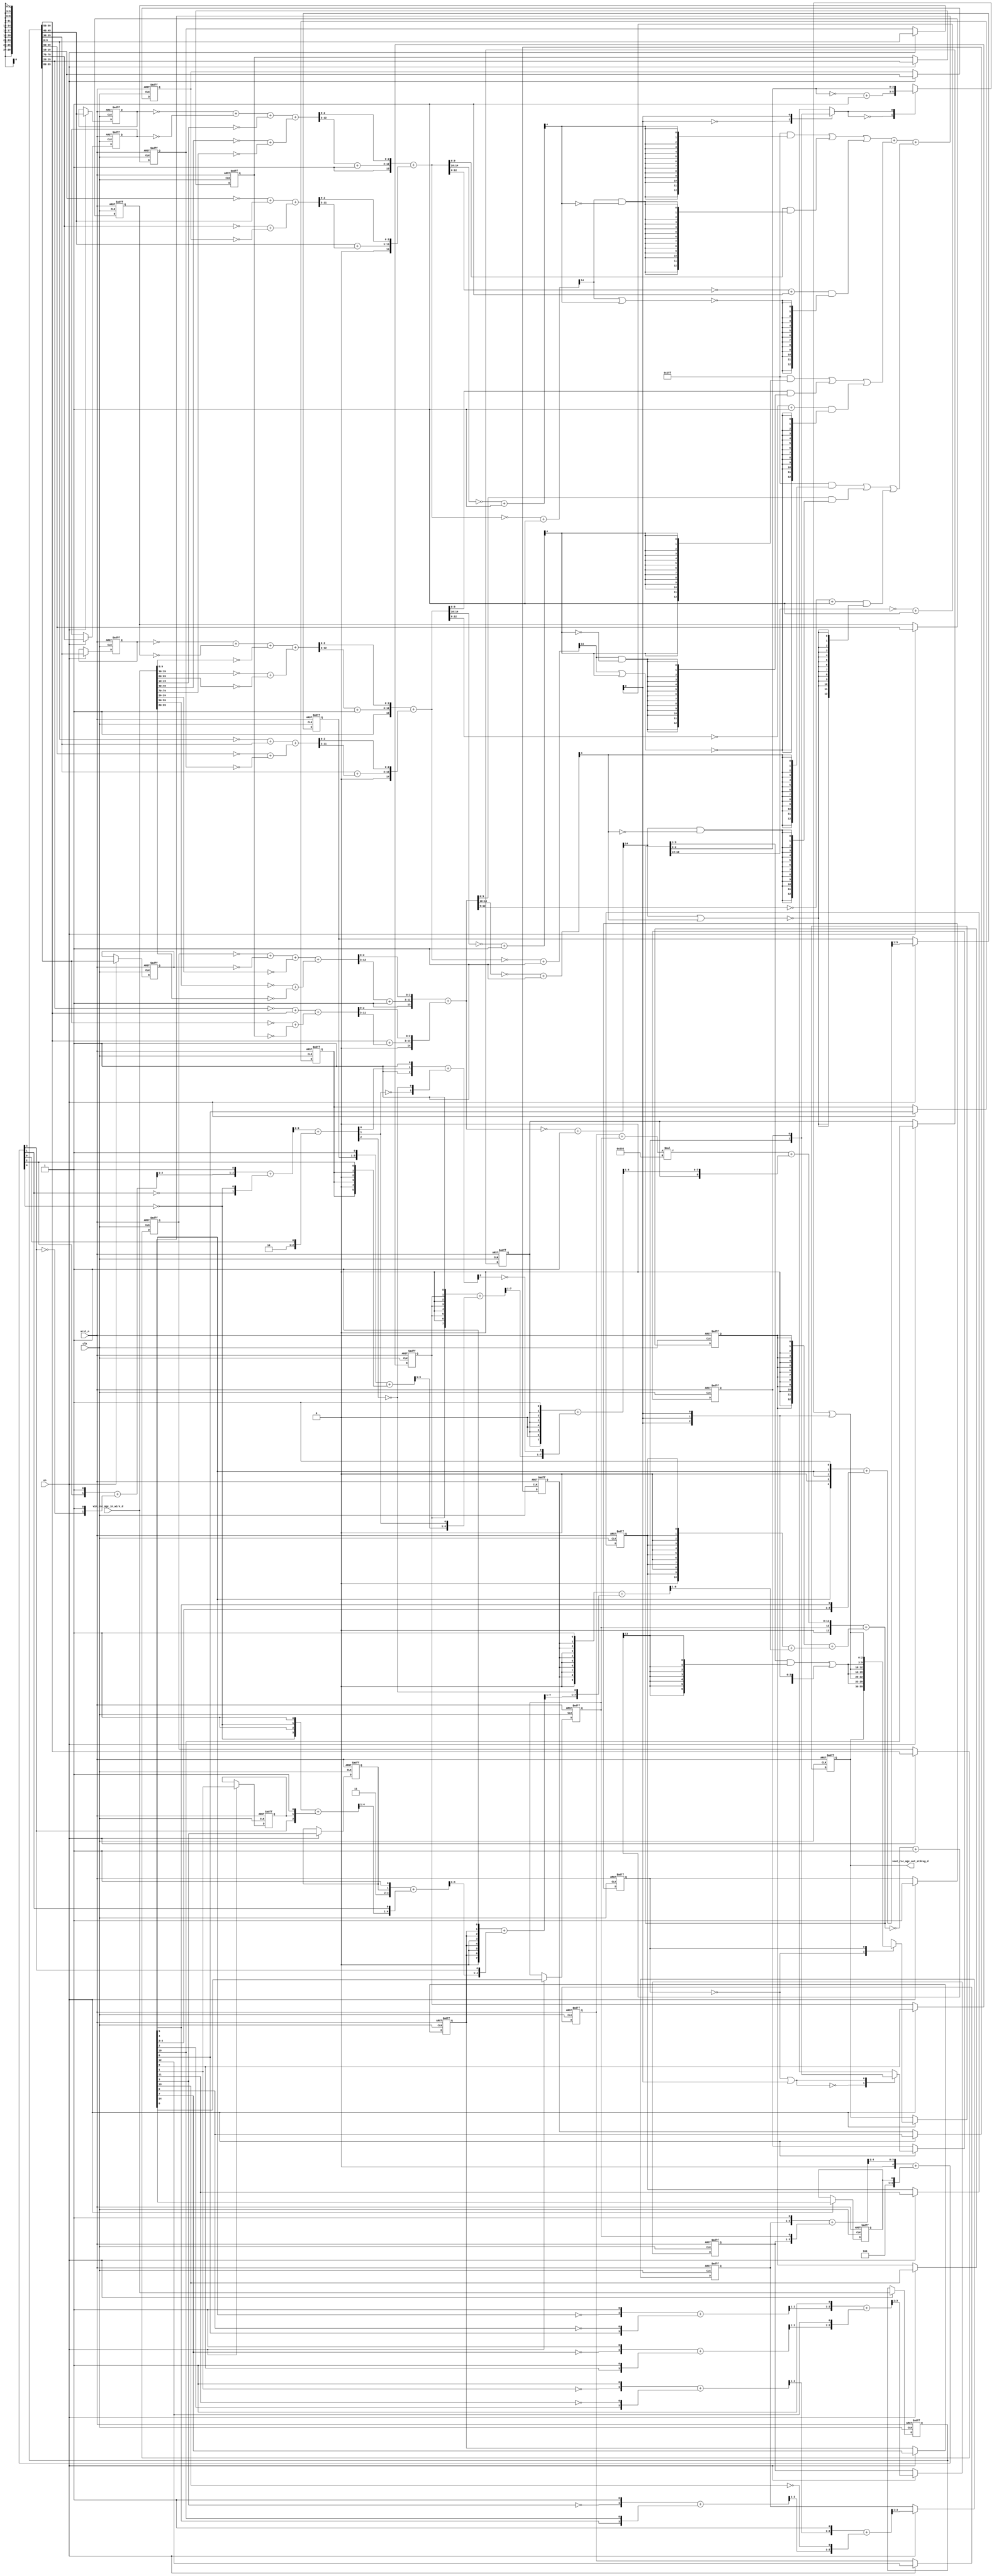
module sharpen_detect_core (
  clk, en, arst_n, vin_rsc_mgc_in_wire_d, vout_rsc_mgc_out_stdreg_d
);
  input clk;
  input en;
  input arst_n;
  input [89:0] vin_rsc_mgc_in_wire_d;
  output [29:0] vout_rsc_mgc_out_stdreg_d;
  reg [29:0] vout_rsc_mgc_out_stdreg_d;


  // Interconnect Declarations
  reg absmax_3_else_slc_svs;
  reg [9:0] ACC1_if_slc_regs_regs_2_1_itm;
  reg [9:0] ACC1_if_slc_regs_regs_2_2_itm;
  reg [9:0] ACC1_if_slc_regs_regs_2_itm;
  reg [9:0] ACC1_if_slc_regs_regs_2_4_itm;
  reg [9:0] ACC1_if_slc_regs_regs_2_5_itm;
  reg [9:0] ACC1_if_slc_regs_regs_2_3_itm;
  reg [9:0] ACC1_if_slc_regs_regs_2_7_itm;
  reg [9:0] ACC1_if_slc_regs_regs_2_8_itm;
  reg [9:0] ACC1_if_slc_regs_regs_2_6_itm;
  reg [2:0] FRAME_avg_slc_6_itm_1;
  reg [2:0] FRAME_avg_slc_5_itm_1;
  reg FRAME_avg_slc_acc_psp_itm_1;
  reg FRAME_avg_slc_acc_psp_57_itm_1;
  reg FRAME_avg_slc_acc_psp_46_itm_1;
  reg FRAME_avg_slc_acc_psp_35_itm_1;
  reg FRAME_avg_slc_acc_psp_27_itm_1;
  reg [4:0] FRAME_avg_slc_10_itm_1;
  reg FRAME_avg_slc_acc_psp_21_itm_1;
  reg FRAME_avg_slc_acc_psp_51_itm_1;
  reg FRAME_avg_slc_acc_psp_40_itm_1;
  reg FRAME_avg_slc_acc_psp_31_itm_1;
  reg FRAME_avg_slc_acc_psp_24_itm_1;
  reg FRAME_avg_slc_acc_psp_17_itm_1;
  reg FRAME_avg_slc_acc_psp_79_itm_1;
  reg main_stage_0_2;
  wire [14:0] ACC1_if_acc_10_psp_sva_1;
  wire [15:0] nl_ACC1_if_acc_10_psp_sva_1;
  wire [14:0] ACC1_if_acc_9_psp_sva_1;
  wire [15:0] nl_ACC1_if_acc_9_psp_sva_1;
  wire [14:0] ACC1_if_acc_psp_sva_1;
  wire [15:0] nl_ACC1_if_acc_psp_sva_1;
  wire [13:0] FRAME_avg_acc_1_psp_1_sva_1;
  wire [14:0] nl_FRAME_avg_acc_1_psp_1_sva_1;
  reg [89:0] reg_regs_regs_0_sva_cse;
  wire [3:0] absmax_3_if_acc_itm;
  wire [4:0] nl_absmax_3_if_acc_itm;
  wire [6:0] absmax_absmax_return_3_sg1_lpi_1_dfm_1;
  wire [2:0] absmax_absmax_return_7_lpi_1_dfm_1;
  wire [4:0] acc_imod_sva;
  wire [5:0] nl_acc_imod_sva;
  wire [2:0] acc_imod_1_sva;
  wire [3:0] nl_acc_imod_1_sva;
  wire [12:0] ACC1_if_acc_35_sdt;
  wire [13:0] nl_ACC1_if_acc_35_sdt;
  wire [11:0] ACC1_if_acc_34_sdt;
  wire [12:0] nl_ACC1_if_acc_34_sdt;
  wire [12:0] ACC1_if_acc_26_sdt;
  wire [13:0] nl_ACC1_if_acc_26_sdt;
  wire [11:0] ACC1_if_acc_25_sdt;
  wire [12:0] nl_ACC1_if_acc_25_sdt;
  wire [12:0] ACC1_if_acc_17_sdt;
  wire [13:0] nl_ACC1_if_acc_17_sdt;
  wire [11:0] ACC1_if_acc_16_sdt;
  wire [12:0] nl_ACC1_if_acc_16_sdt;
  wire [14:0] acc_psp_1_sva;
  wire [15:0] nl_acc_psp_1_sva;
  wire [13:0] absmax_3_else_acc_itm;
  wire [14:0] nl_absmax_3_else_acc_itm;
  wire [14:0] absmax_else_acc_itm;
  wire [15:0] nl_absmax_else_acc_itm;
  wire [14:0] absmax_1_else_acc_itm;
  wire [15:0] nl_absmax_1_else_acc_itm;
  wire [14:0] absmax_2_else_acc_itm;
  wire [15:0] nl_absmax_2_else_acc_itm;
  wire [4:0] absmax_2_if_acc_itm;
  wire [5:0] nl_absmax_2_if_acc_itm;
  wire [4:0] absmax_1_if_acc_itm;
  wire [5:0] nl_absmax_1_if_acc_itm;
  wire [4:0] absmax_if_acc_itm;
  wire [5:0] nl_absmax_if_acc_itm;

  wire[2:0] absmax_3_else_mux_1_nl;
  wire[0:0] mux_1_nl;
  wire[12:0] absmax_1_mux1h_nl;
  wire[12:0] absmax_2_mux1h_nl;
  wire[12:0] absmax_mux1h_nl;

  // Interconnect Declarations for Component Instantiations 
  assign nl_FRAME_avg_acc_1_psp_1_sva_1 = conv_u2s_13_14({FRAME_avg_slc_acc_psp_57_itm_1
      , (conv_u2u_24_12(conv_u2u_2_12(conv_u2u_1_2(FRAME_avg_slc_acc_psp_46_itm_1)
      + conv_u2u_1_2(FRAME_avg_slc_acc_psp_57_itm_1)) * 12'b10101010101) + conv_u2u_9_12({FRAME_avg_slc_acc_psp_35_itm_1
      , (readslicef_9_8_1((conv_u2u_8_9({FRAME_avg_slc_acc_psp_35_itm_1 , 1'b0 ,
      FRAME_avg_slc_acc_psp_35_itm_1 , 1'b0 , FRAME_avg_slc_acc_psp_35_itm_1 , 1'b0
      , FRAME_avg_slc_acc_psp_35_itm_1 , 1'b1}) + conv_u2u_8_9({(readslicef_8_7_1((({FRAME_avg_slc_acc_psp_27_itm_1
      , 1'b0 , FRAME_avg_slc_acc_psp_27_itm_1 , 1'b0 , FRAME_avg_slc_acc_psp_27_itm_1
      , 1'b0 , FRAME_avg_slc_acc_psp_27_itm_1 , 1'b1}) + conv_u2u_7_8({(readslicef_7_6_1((conv_u2u_6_7({FRAME_avg_slc_10_itm_1
      , 1'b1}) + conv_u2u_6_7({FRAME_avg_slc_acc_psp_21_itm_1 , 1'b0 , FRAME_avg_slc_acc_psp_21_itm_1
      , 1'b0 , FRAME_avg_slc_acc_psp_21_itm_1 , (acc_imod_sva[2])})))) , (acc_imod_1_sva[1])}))))
      , (~ (readslicef_3_1_2((({1'b1 , (acc_imod_1_sva[0]) , 1'b1}) + conv_u2s_2_3({(~
      (acc_imod_1_sva[1])) , (~ (acc_imod_1_sva[2]))})))))}))))}))}) + conv_s2s_13_14(conv_u2s_12_13({FRAME_avg_slc_acc_psp_51_itm_1
      , 1'b0 , FRAME_avg_slc_acc_psp_51_itm_1 , 1'b0 , FRAME_avg_slc_acc_psp_51_itm_1
      , 1'b0 , FRAME_avg_slc_acc_psp_51_itm_1 , 1'b0 , FRAME_avg_slc_acc_psp_51_itm_1
      , 1'b0 , ({{1{FRAME_avg_slc_acc_psp_51_itm_1}}, FRAME_avg_slc_acc_psp_51_itm_1})})
      + conv_s2s_11_13(conv_u2s_10_11({FRAME_avg_slc_acc_psp_40_itm_1 , 1'b0 , FRAME_avg_slc_acc_psp_40_itm_1
      , 1'b0 , FRAME_avg_slc_acc_psp_40_itm_1 , 1'b0 , FRAME_avg_slc_acc_psp_40_itm_1
      , 1'b0 , ({{1{FRAME_avg_slc_acc_psp_40_itm_1}}, FRAME_avg_slc_acc_psp_40_itm_1})})
      + conv_s2s_9_11(readslicef_10_9_1((conv_u2s_9_10({FRAME_avg_slc_acc_psp_31_itm_1
      , 1'b0 , FRAME_avg_slc_acc_psp_31_itm_1 , 1'b0 , FRAME_avg_slc_acc_psp_31_itm_1
      , 1'b0 , ({{1{FRAME_avg_slc_acc_psp_31_itm_1}}, FRAME_avg_slc_acc_psp_31_itm_1})
      , 1'b1}) + conv_s2s_8_10({(readslicef_8_7_1((conv_u2s_7_8({FRAME_avg_slc_acc_psp_24_itm_1
      , 1'b0 , FRAME_avg_slc_acc_psp_24_itm_1 , 1'b0 , ({{1{FRAME_avg_slc_acc_psp_24_itm_1}},
      FRAME_avg_slc_acc_psp_24_itm_1}) , 1'b1}) + conv_s2s_5_8({(readslicef_5_4_1((conv_u2s_4_5({2'b11
      , FRAME_avg_slc_acc_psp_17_itm_1 , 1'b1}) + ({(readslicef_5_4_1((conv_u2u_4_5({(~
      (acc_imod_sva[4])) , 1'b1 , (~ (acc_imod_sva[4])) , 1'b1}) + conv_u2u_3_5({(acc_imod_sva[3])
      , FRAME_avg_slc_acc_psp_79_itm_1 , 1'b1})))) , (acc_imod_sva[1])})))) , (acc_imod_sva[3])}))))
      , (~ (acc_imod_1_sva[2]))}))))));
  assign FRAME_avg_acc_1_psp_1_sva_1 = nl_FRAME_avg_acc_1_psp_1_sva_1[13:0];
  assign nl_absmax_3_else_acc_itm = (~ FRAME_avg_acc_1_psp_1_sva_1) + 14'b1;
  assign absmax_3_else_acc_itm = nl_absmax_3_else_acc_itm[13:0];
  assign absmax_absmax_return_3_sg1_lpi_1_dfm_1 = ((FRAME_avg_acc_1_psp_1_sva_1[9:3])
      & (signext_7_1(absmax_3_else_acc_itm[13]))) | (signext_7_1(absmax_3_if_acc_itm[3]));
  assign mux_1_nl = MUX_s_1_2_2({(absmax_3_else_acc_itm[13]) , absmax_3_else_slc_svs},
      absmax_3_if_acc_itm[3]);
  assign absmax_3_else_mux_1_nl = MUX_v_3_2_2({((~ (FRAME_avg_acc_1_psp_1_sva_1[2:0]))
      + 3'b1) , (FRAME_avg_acc_1_psp_1_sva_1[2:0])}, mux_1_nl);
  assign absmax_absmax_return_7_lpi_1_dfm_1 = (absmax_3_else_mux_1_nl) | (signext_3_1(absmax_3_if_acc_itm[3]));
  assign nl_absmax_3_if_acc_itm = (~ (FRAME_avg_acc_1_psp_1_sva_1[13:10])) + 4'b1;
  assign absmax_3_if_acc_itm = nl_absmax_3_if_acc_itm[3:0];
  assign nl_acc_imod_sva = conv_u2s_4_5(readslicef_5_4_1((conv_u2u_4_5({FRAME_avg_slc_6_itm_1
      , 1'b1}) + conv_u2u_4_5({FRAME_avg_slc_5_itm_1 , FRAME_avg_slc_acc_psp_57_itm_1}))))
      + conv_s2s_4_5({3'b100 , FRAME_avg_slc_acc_psp_itm_1});
  assign acc_imod_sva = nl_acc_imod_sva[4:0];
  assign nl_acc_imod_1_sva = (readslicef_4_3_1((conv_u2u_3_4({(readslicef_3_2_1((conv_u2u_2_3({(acc_imod_sva[2])
      , 1'b1}) + conv_u2u_2_3({(~ (acc_imod_sva[3])) , 1'b1})))) , 1'b1}) + conv_u2u_2_4({(~
      (acc_imod_sva[1])) , (~ (acc_imod_sva[4]))})))) + ({2'b10 , (acc_imod_sva[0])});
  assign acc_imod_1_sva = nl_acc_imod_1_sva[2:0];
  assign nl_absmax_else_acc_itm = (~ ACC1_if_acc_psp_sva_1) + 15'b1;
  assign absmax_else_acc_itm = nl_absmax_else_acc_itm[14:0];
  assign nl_ACC1_if_acc_psp_sva_1 = conv_s2s_14_15({1'b1 , ((ACC1_if_acc_17_sdt[12:3])
      + 10'b1) , (ACC1_if_acc_17_sdt[2:0])}) + conv_u2s_14_15({(conv_u2u_10_11(reg_regs_regs_0_sva_cse[59:50])
      + conv_u2u_9_11(ACC1_if_acc_16_sdt[11:3])) , (ACC1_if_acc_16_sdt[2:0])});
  assign ACC1_if_acc_psp_sva_1 = nl_ACC1_if_acc_psp_sva_1[14:0];
  assign nl_absmax_1_else_acc_itm = (~ ACC1_if_acc_9_psp_sva_1) + 15'b1;
  assign absmax_1_else_acc_itm = nl_absmax_1_else_acc_itm[14:0];
  assign nl_ACC1_if_acc_9_psp_sva_1 = conv_s2s_14_15({1'b1 , ((ACC1_if_acc_26_sdt[12:3])
      + 10'b1) , (ACC1_if_acc_26_sdt[2:0])}) + conv_u2s_14_15({(conv_u2u_10_11(reg_regs_regs_0_sva_cse[49:40])
      + conv_u2u_9_11(ACC1_if_acc_25_sdt[11:3])) , (ACC1_if_acc_25_sdt[2:0])});
  assign ACC1_if_acc_9_psp_sva_1 = nl_ACC1_if_acc_9_psp_sva_1[14:0];
  assign nl_absmax_2_else_acc_itm = (~ ACC1_if_acc_10_psp_sva_1) + 15'b1;
  assign absmax_2_else_acc_itm = nl_absmax_2_else_acc_itm[14:0];
  assign nl_ACC1_if_acc_10_psp_sva_1 = conv_s2s_14_15({1'b1 , ((ACC1_if_acc_35_sdt[12:3])
      + 10'b1) , (ACC1_if_acc_35_sdt[2:0])}) + conv_u2s_14_15({(conv_u2u_10_11(reg_regs_regs_0_sva_cse[39:30])
      + conv_u2u_9_11(ACC1_if_acc_34_sdt[11:3])) , (ACC1_if_acc_34_sdt[2:0])});
  assign ACC1_if_acc_10_psp_sva_1 = nl_ACC1_if_acc_10_psp_sva_1[14:0];
  assign nl_absmax_2_if_acc_itm = (~ (ACC1_if_acc_10_psp_sva_1[14:10])) + 5'b1;
  assign absmax_2_if_acc_itm = nl_absmax_2_if_acc_itm[4:0];
  assign nl_absmax_1_if_acc_itm = (~ (ACC1_if_acc_9_psp_sva_1[14:10])) + 5'b1;
  assign absmax_1_if_acc_itm = nl_absmax_1_if_acc_itm[4:0];
  assign nl_absmax_if_acc_itm = (~ (ACC1_if_acc_psp_sva_1[14:10])) + 5'b1;
  assign absmax_if_acc_itm = nl_absmax_if_acc_itm[4:0];
  assign nl_ACC1_if_acc_35_sdt = conv_u2u_12_13(conv_u2u_11_12(conv_u2u_10_11(~ ACC1_if_slc_regs_regs_2_7_itm)
      + conv_u2u_10_11(~ ACC1_if_slc_regs_regs_2_8_itm)) + conv_u2u_10_12(~ (vin_rsc_mgc_in_wire_d[9:0])))
      + conv_u2u_11_13(conv_u2u_10_11(~ (vin_rsc_mgc_in_wire_d[39:30])) + conv_u2u_10_11(~
      (vin_rsc_mgc_in_wire_d[69:60])));
  assign ACC1_if_acc_35_sdt = nl_ACC1_if_acc_35_sdt[12:0];
  assign nl_ACC1_if_acc_34_sdt = conv_u2u_11_12(conv_u2u_10_11(~ (reg_regs_regs_0_sva_cse[9:0]))
      + conv_u2u_10_11(reg_regs_regs_0_sva_cse[39:30])) + conv_u2u_11_12(conv_u2u_10_11(~
      (reg_regs_regs_0_sva_cse[69:60])) + conv_u2u_10_11(~ ACC1_if_slc_regs_regs_2_6_itm));
  assign ACC1_if_acc_34_sdt = nl_ACC1_if_acc_34_sdt[11:0];
  assign nl_ACC1_if_acc_26_sdt = conv_u2u_12_13(conv_u2u_11_12(conv_u2u_10_11(~ ACC1_if_slc_regs_regs_2_4_itm)
      + conv_u2u_10_11(~ ACC1_if_slc_regs_regs_2_5_itm)) + conv_u2u_10_12(~ (vin_rsc_mgc_in_wire_d[19:10])))
      + conv_u2u_11_13(conv_u2u_10_11(~ (vin_rsc_mgc_in_wire_d[49:40])) + conv_u2u_10_11(~
      (vin_rsc_mgc_in_wire_d[79:70])));
  assign ACC1_if_acc_26_sdt = nl_ACC1_if_acc_26_sdt[12:0];
  assign nl_ACC1_if_acc_25_sdt = conv_u2u_11_12(conv_u2u_10_11(~ (reg_regs_regs_0_sva_cse[19:10]))
      + conv_u2u_10_11(reg_regs_regs_0_sva_cse[49:40])) + conv_u2u_11_12(conv_u2u_10_11(~
      (reg_regs_regs_0_sva_cse[79:70])) + conv_u2u_10_11(~ ACC1_if_slc_regs_regs_2_3_itm));
  assign ACC1_if_acc_25_sdt = nl_ACC1_if_acc_25_sdt[11:0];
  assign nl_ACC1_if_acc_17_sdt = conv_u2u_12_13(conv_u2u_11_12(conv_u2u_10_11(~ ACC1_if_slc_regs_regs_2_1_itm)
      + conv_u2u_10_11(~ ACC1_if_slc_regs_regs_2_2_itm)) + conv_u2u_10_12(~ (vin_rsc_mgc_in_wire_d[29:20])))
      + conv_u2u_11_13(conv_u2u_10_11(~ (vin_rsc_mgc_in_wire_d[59:50])) + conv_u2u_10_11(~
      (vin_rsc_mgc_in_wire_d[89:80])));
  assign ACC1_if_acc_17_sdt = nl_ACC1_if_acc_17_sdt[12:0];
  assign nl_ACC1_if_acc_16_sdt = conv_u2u_11_12(conv_u2u_10_11(~ (reg_regs_regs_0_sva_cse[29:20]))
      + conv_u2u_10_11(reg_regs_regs_0_sva_cse[59:50])) + conv_u2u_11_12(conv_u2u_10_11(~
      (reg_regs_regs_0_sva_cse[89:80])) + conv_u2u_10_11(~ ACC1_if_slc_regs_regs_2_itm));
  assign ACC1_if_acc_16_sdt = nl_ACC1_if_acc_16_sdt[11:0];
  assign absmax_1_mux1h_nl = MUX1HOT_v_13_3_2({((~ (ACC1_if_acc_9_psp_sva_1[12:0]))
      + 13'b1) , ({3'b0 , (ACC1_if_acc_9_psp_sva_1[9:0])}) , 13'b1111111111}, {(~((absmax_1_else_acc_itm[14])
      | (absmax_1_if_acc_itm[4]))) , ((absmax_1_else_acc_itm[14]) & (~ (absmax_1_if_acc_itm[4])))
      , (absmax_1_if_acc_itm[4])});
  assign absmax_2_mux1h_nl = MUX1HOT_v_13_3_2({((~ (ACC1_if_acc_10_psp_sva_1[12:0]))
      + 13'b1) , ({3'b0 , (ACC1_if_acc_10_psp_sva_1[9:0])}) , 13'b1111111111}, {(~((absmax_2_else_acc_itm[14])
      | (absmax_2_if_acc_itm[4]))) , ((absmax_2_else_acc_itm[14]) & (~ (absmax_2_if_acc_itm[4])))
      , (absmax_2_if_acc_itm[4])});
  assign absmax_mux1h_nl = MUX1HOT_v_13_3_2({((~ (ACC1_if_acc_psp_sva_1[12:0])) +
      13'b1) , ({3'b0 , (ACC1_if_acc_psp_sva_1[9:0])}) , 13'b1111111111}, {(~((absmax_else_acc_itm[14])
      | (absmax_if_acc_itm[4]))) , ((absmax_else_acc_itm[14]) & (~ (absmax_if_acc_itm[4])))
      , (absmax_if_acc_itm[4])});
  assign nl_acc_psp_1_sva = conv_u2u_14_15(conv_u2u_13_14(absmax_1_mux1h_nl) + conv_u2u_13_14(absmax_2_mux1h_nl))
      + conv_u2u_13_15(absmax_mux1h_nl);
  assign acc_psp_1_sva = nl_acc_psp_1_sva[14:0];
  always @(posedge clk or negedge arst_n) begin
    if ( ~ arst_n ) begin
      vout_rsc_mgc_out_stdreg_d <= 30'b0;
      absmax_3_else_slc_svs <= 1'b0;
      FRAME_avg_slc_acc_psp_57_itm_1 <= 1'b0;
      FRAME_avg_slc_acc_psp_46_itm_1 <= 1'b0;
      FRAME_avg_slc_acc_psp_35_itm_1 <= 1'b0;
      FRAME_avg_slc_acc_psp_27_itm_1 <= 1'b0;
      FRAME_avg_slc_10_itm_1 <= 5'b0;
      FRAME_avg_slc_acc_psp_21_itm_1 <= 1'b0;
      FRAME_avg_slc_acc_psp_51_itm_1 <= 1'b0;
      FRAME_avg_slc_acc_psp_40_itm_1 <= 1'b0;
      FRAME_avg_slc_acc_psp_31_itm_1 <= 1'b0;
      FRAME_avg_slc_acc_psp_24_itm_1 <= 1'b0;
      FRAME_avg_slc_acc_psp_17_itm_1 <= 1'b0;
      FRAME_avg_slc_acc_psp_79_itm_1 <= 1'b0;
      FRAME_avg_slc_6_itm_1 <= 3'b0;
      FRAME_avg_slc_5_itm_1 <= 3'b0;
      FRAME_avg_slc_acc_psp_itm_1 <= 1'b0;
      reg_regs_regs_0_sva_cse <= 90'b0;
      ACC1_if_slc_regs_regs_2_6_itm <= 10'b0;
      ACC1_if_slc_regs_regs_2_7_itm <= 10'b0;
      ACC1_if_slc_regs_regs_2_8_itm <= 10'b0;
      ACC1_if_slc_regs_regs_2_3_itm <= 10'b0;
      ACC1_if_slc_regs_regs_2_4_itm <= 10'b0;
      ACC1_if_slc_regs_regs_2_5_itm <= 10'b0;
      ACC1_if_slc_regs_regs_2_itm <= 10'b0;
      ACC1_if_slc_regs_regs_2_1_itm <= 10'b0;
      ACC1_if_slc_regs_regs_2_2_itm <= 10'b0;
      main_stage_0_2 <= 1'b0;
    end
    else begin
      if ( en ) begin
        vout_rsc_mgc_out_stdreg_d <= MUX_v_30_2_2({vout_rsc_mgc_out_stdreg_d , ({absmax_absmax_return_3_sg1_lpi_1_dfm_1
            , absmax_absmax_return_7_lpi_1_dfm_1 , absmax_absmax_return_3_sg1_lpi_1_dfm_1
            , absmax_absmax_return_7_lpi_1_dfm_1 , absmax_absmax_return_3_sg1_lpi_1_dfm_1
            , absmax_absmax_return_7_lpi_1_dfm_1})}, main_stage_0_2);
        absmax_3_else_slc_svs <= MUX_s_1_2_2({(absmax_3_else_acc_itm[13]) , absmax_3_else_slc_svs},
            (~ main_stage_0_2) | (absmax_3_if_acc_itm[3]));
        FRAME_avg_slc_acc_psp_57_itm_1 <= acc_psp_1_sva[14];
        FRAME_avg_slc_acc_psp_46_itm_1 <= acc_psp_1_sva[12];
        FRAME_avg_slc_acc_psp_35_itm_1 <= acc_psp_1_sva[10];
        FRAME_avg_slc_acc_psp_27_itm_1 <= acc_psp_1_sva[8];
        FRAME_avg_slc_10_itm_1 <= readslicef_6_5_1((conv_u2u_5_6({(acc_psp_1_sva[5])
            , 1'b0 , (signext_2_1(acc_psp_1_sva[5])) , 1'b1}) + conv_u2u_4_6({(acc_psp_1_sva[4:2])
            , (acc_psp_1_sva[4])})));
        FRAME_avg_slc_acc_psp_21_itm_1 <= acc_psp_1_sva[6];
        FRAME_avg_slc_acc_psp_51_itm_1 <= acc_psp_1_sva[13];
        FRAME_avg_slc_acc_psp_40_itm_1 <= acc_psp_1_sva[11];
        FRAME_avg_slc_acc_psp_31_itm_1 <= acc_psp_1_sva[9];
        FRAME_avg_slc_acc_psp_24_itm_1 <= acc_psp_1_sva[7];
        FRAME_avg_slc_acc_psp_17_itm_1 <= acc_psp_1_sva[3];
        FRAME_avg_slc_acc_psp_79_itm_1 <= acc_psp_1_sva[1];
        FRAME_avg_slc_6_itm_1 <= readslicef_4_3_1((conv_u2u_3_4({(readslicef_3_2_1((conv_u2u_2_3({(~
            (acc_psp_1_sva[1])) , 1'b1}) + conv_u2u_2_3({(acc_psp_1_sva[2]) , (~
            (acc_psp_1_sva[11]))})))) , 1'b1}) + conv_u2u_3_4({(readslicef_3_2_1((conv_u2u_2_3({(~
            (acc_psp_1_sva[3])) , 1'b1}) + conv_u2u_2_3({(acc_psp_1_sva[4]) , (acc_psp_1_sva[10])}))))
            , (~ (acc_psp_1_sva[13]))})));
        FRAME_avg_slc_5_itm_1 <= readslicef_4_3_1((conv_u2u_3_4({(readslicef_3_2_1((conv_u2u_2_3({(~
            (acc_psp_1_sva[5])) , 1'b1}) + conv_u2u_2_3({(acc_psp_1_sva[6]) , (~
            (acc_psp_1_sva[9]))})))) , 1'b1}) + conv_u2u_3_4({(readslicef_3_2_1((conv_u2u_2_3({(~
            (acc_psp_1_sva[7])) , 1'b1}) + conv_u2u_2_3({(acc_psp_1_sva[8]) , 1'b1}))))
            , (acc_psp_1_sva[12])})));
        FRAME_avg_slc_acc_psp_itm_1 <= acc_psp_1_sva[0];
        reg_regs_regs_0_sva_cse <= vin_rsc_mgc_in_wire_d;
        ACC1_if_slc_regs_regs_2_6_itm <= reg_regs_regs_0_sva_cse[9:0];
        ACC1_if_slc_regs_regs_2_7_itm <= reg_regs_regs_0_sva_cse[39:30];
        ACC1_if_slc_regs_regs_2_8_itm <= reg_regs_regs_0_sva_cse[69:60];
        ACC1_if_slc_regs_regs_2_3_itm <= reg_regs_regs_0_sva_cse[19:10];
        ACC1_if_slc_regs_regs_2_4_itm <= reg_regs_regs_0_sva_cse[49:40];
        ACC1_if_slc_regs_regs_2_5_itm <= reg_regs_regs_0_sva_cse[79:70];
        ACC1_if_slc_regs_regs_2_itm <= reg_regs_regs_0_sva_cse[29:20];
        ACC1_if_slc_regs_regs_2_1_itm <= reg_regs_regs_0_sva_cse[59:50];
        ACC1_if_slc_regs_regs_2_2_itm <= reg_regs_regs_0_sva_cse[89:80];
        main_stage_0_2 <= 1'b1;
      end
    end
  end

  function [7:0] readslicef_9_8_1;
    input [8:0] vector;
    reg [8:0] tmp;
  begin
    tmp = vector >> 1;
    readslicef_9_8_1 = tmp[7:0];
  end
  endfunction


  function [6:0] readslicef_8_7_1;
    input [7:0] vector;
    reg [7:0] tmp;
  begin
    tmp = vector >> 1;
    readslicef_8_7_1 = tmp[6:0];
  end
  endfunction


  function [5:0] readslicef_7_6_1;
    input [6:0] vector;
    reg [6:0] tmp;
  begin
    tmp = vector >> 1;
    readslicef_7_6_1 = tmp[5:0];
  end
  endfunction


  function [0:0] readslicef_3_1_2;
    input [2:0] vector;
    reg [2:0] tmp;
  begin
    tmp = vector >> 2;
    readslicef_3_1_2 = tmp[0:0];
  end
  endfunction


  function [8:0] readslicef_10_9_1;
    input [9:0] vector;
    reg [9:0] tmp;
  begin
    tmp = vector >> 1;
    readslicef_10_9_1 = tmp[8:0];
  end
  endfunction


  function [3:0] readslicef_5_4_1;
    input [4:0] vector;
    reg [4:0] tmp;
  begin
    tmp = vector >> 1;
    readslicef_5_4_1 = tmp[3:0];
  end
  endfunction


  function [6:0] signext_7_1;
    input [0:0] vector;
  begin
    signext_7_1= {{6{vector[0]}}, vector};
  end
  endfunction


  function [0:0] MUX_s_1_2_2;
    input [1:0] inputs;
    input [0:0] sel;
    reg [0:0] result;
  begin
    case (sel)
      1'b0 : begin
        result = inputs[1:1];
      end
      1'b1 : begin
        result = inputs[0:0];
      end
      default : begin
        result = inputs[1:1];
      end
    endcase
    MUX_s_1_2_2 = result;
  end
  endfunction


  function [2:0] MUX_v_3_2_2;
    input [5:0] inputs;
    input [0:0] sel;
    reg [2:0] result;
  begin
    case (sel)
      1'b0 : begin
        result = inputs[5:3];
      end
      1'b1 : begin
        result = inputs[2:0];
      end
      default : begin
        result = inputs[5:3];
      end
    endcase
    MUX_v_3_2_2 = result;
  end
  endfunction


  function [2:0] signext_3_1;
    input [0:0] vector;
  begin
    signext_3_1= {{2{vector[0]}}, vector};
  end
  endfunction


  function [2:0] readslicef_4_3_1;
    input [3:0] vector;
    reg [3:0] tmp;
  begin
    tmp = vector >> 1;
    readslicef_4_3_1 = tmp[2:0];
  end
  endfunction


  function [1:0] readslicef_3_2_1;
    input [2:0] vector;
    reg [2:0] tmp;
  begin
    tmp = vector >> 1;
    readslicef_3_2_1 = tmp[1:0];
  end
  endfunction


  function [12:0] MUX1HOT_v_13_3_2;
    input [38:0] inputs;
    input [2:0] sel;
    reg [12:0] result;
    integer i;
  begin
    result = inputs[0+:13] & {13{sel[0]}};
    for( i = 1; i < 3; i = i + 1 )
      result = result | (inputs[i*13+:13] & {13{sel[i]}});
    MUX1HOT_v_13_3_2 = result;
  end
  endfunction


  function [29:0] MUX_v_30_2_2;
    input [59:0] inputs;
    input [0:0] sel;
    reg [29:0] result;
  begin
    case (sel)
      1'b0 : begin
        result = inputs[59:30];
      end
      1'b1 : begin
        result = inputs[29:0];
      end
      default : begin
        result = inputs[59:30];
      end
    endcase
    MUX_v_30_2_2 = result;
  end
  endfunction


  function [4:0] readslicef_6_5_1;
    input [5:0] vector;
    reg [5:0] tmp;
  begin
    tmp = vector >> 1;
    readslicef_6_5_1 = tmp[4:0];
  end
  endfunction


  function [1:0] signext_2_1;
    input [0:0] vector;
  begin
    signext_2_1= {{1{vector[0]}}, vector};
  end
  endfunction


  function signed [13:0] conv_u2s_13_14 ;
    input [12:0]  vector ;
  begin
    conv_u2s_13_14 = {1'b0, vector};
  end
  endfunction


  function  [11:0] conv_u2u_24_12 ;
    input [23:0]  vector ;
  begin
    conv_u2u_24_12 = vector[11:0];
  end
  endfunction


  function  [11:0] conv_u2u_2_12 ;
    input [1:0]  vector ;
  begin
    conv_u2u_2_12 = {{10{1'b0}}, vector};
  end
  endfunction


  function  [1:0] conv_u2u_1_2 ;
    input [0:0]  vector ;
  begin
    conv_u2u_1_2 = {1'b0, vector};
  end
  endfunction


  function  [11:0] conv_u2u_9_12 ;
    input [8:0]  vector ;
  begin
    conv_u2u_9_12 = {{3{1'b0}}, vector};
  end
  endfunction


  function  [8:0] conv_u2u_8_9 ;
    input [7:0]  vector ;
  begin
    conv_u2u_8_9 = {1'b0, vector};
  end
  endfunction


  function  [7:0] conv_u2u_7_8 ;
    input [6:0]  vector ;
  begin
    conv_u2u_7_8 = {1'b0, vector};
  end
  endfunction


  function  [6:0] conv_u2u_6_7 ;
    input [5:0]  vector ;
  begin
    conv_u2u_6_7 = {1'b0, vector};
  end
  endfunction


  function signed [2:0] conv_u2s_2_3 ;
    input [1:0]  vector ;
  begin
    conv_u2s_2_3 = {1'b0, vector};
  end
  endfunction


  function signed [13:0] conv_s2s_13_14 ;
    input signed [12:0]  vector ;
  begin
    conv_s2s_13_14 = {vector[12], vector};
  end
  endfunction


  function signed [12:0] conv_u2s_12_13 ;
    input [11:0]  vector ;
  begin
    conv_u2s_12_13 = {1'b0, vector};
  end
  endfunction


  function signed [12:0] conv_s2s_11_13 ;
    input signed [10:0]  vector ;
  begin
    conv_s2s_11_13 = {{2{vector[10]}}, vector};
  end
  endfunction


  function signed [10:0] conv_u2s_10_11 ;
    input [9:0]  vector ;
  begin
    conv_u2s_10_11 = {1'b0, vector};
  end
  endfunction


  function signed [10:0] conv_s2s_9_11 ;
    input signed [8:0]  vector ;
  begin
    conv_s2s_9_11 = {{2{vector[8]}}, vector};
  end
  endfunction


  function signed [9:0] conv_u2s_9_10 ;
    input [8:0]  vector ;
  begin
    conv_u2s_9_10 = {1'b0, vector};
  end
  endfunction


  function signed [9:0] conv_s2s_8_10 ;
    input signed [7:0]  vector ;
  begin
    conv_s2s_8_10 = {{2{vector[7]}}, vector};
  end
  endfunction


  function signed [7:0] conv_u2s_7_8 ;
    input [6:0]  vector ;
  begin
    conv_u2s_7_8 = {1'b0, vector};
  end
  endfunction


  function signed [7:0] conv_s2s_5_8 ;
    input signed [4:0]  vector ;
  begin
    conv_s2s_5_8 = {{3{vector[4]}}, vector};
  end
  endfunction


  function signed [4:0] conv_u2s_4_5 ;
    input [3:0]  vector ;
  begin
    conv_u2s_4_5 = {1'b0, vector};
  end
  endfunction


  function  [4:0] conv_u2u_4_5 ;
    input [3:0]  vector ;
  begin
    conv_u2u_4_5 = {1'b0, vector};
  end
  endfunction


  function  [4:0] conv_u2u_3_5 ;
    input [2:0]  vector ;
  begin
    conv_u2u_3_5 = {{2{1'b0}}, vector};
  end
  endfunction


  function signed [4:0] conv_s2s_4_5 ;
    input signed [3:0]  vector ;
  begin
    conv_s2s_4_5 = {vector[3], vector};
  end
  endfunction


  function  [3:0] conv_u2u_3_4 ;
    input [2:0]  vector ;
  begin
    conv_u2u_3_4 = {1'b0, vector};
  end
  endfunction


  function  [2:0] conv_u2u_2_3 ;
    input [1:0]  vector ;
  begin
    conv_u2u_2_3 = {1'b0, vector};
  end
  endfunction


  function  [3:0] conv_u2u_2_4 ;
    input [1:0]  vector ;
  begin
    conv_u2u_2_4 = {{2{1'b0}}, vector};
  end
  endfunction


  function signed [14:0] conv_s2s_14_15 ;
    input signed [13:0]  vector ;
  begin
    conv_s2s_14_15 = {vector[13], vector};
  end
  endfunction


  function signed [14:0] conv_u2s_14_15 ;
    input [13:0]  vector ;
  begin
    conv_u2s_14_15 = {1'b0, vector};
  end
  endfunction


  function  [10:0] conv_u2u_10_11 ;
    input [9:0]  vector ;
  begin
    conv_u2u_10_11 = {1'b0, vector};
  end
  endfunction


  function  [10:0] conv_u2u_9_11 ;
    input [8:0]  vector ;
  begin
    conv_u2u_9_11 = {{2{1'b0}}, vector};
  end
  endfunction


  function  [12:0] conv_u2u_12_13 ;
    input [11:0]  vector ;
  begin
    conv_u2u_12_13 = {1'b0, vector};
  end
  endfunction


  function  [11:0] conv_u2u_11_12 ;
    input [10:0]  vector ;
  begin
    conv_u2u_11_12 = {1'b0, vector};
  end
  endfunction


  function  [11:0] conv_u2u_10_12 ;
    input [9:0]  vector ;
  begin
    conv_u2u_10_12 = {{2{1'b0}}, vector};
  end
  endfunction


  function  [12:0] conv_u2u_11_13 ;
    input [10:0]  vector ;
  begin
    conv_u2u_11_13 = {{2{1'b0}}, vector};
  end
  endfunction


  function  [14:0] conv_u2u_14_15 ;
    input [13:0]  vector ;
  begin
    conv_u2u_14_15 = {1'b0, vector};
  end
  endfunction


  function  [13:0] conv_u2u_13_14 ;
    input [12:0]  vector ;
  begin
    conv_u2u_13_14 = {1'b0, vector};
  end
  endfunction


  function  [14:0] conv_u2u_13_15 ;
    input [12:0]  vector ;
  begin
    conv_u2u_13_15 = {{2{1'b0}}, vector};
  end
  endfunction


  function  [5:0] conv_u2u_5_6 ;
    input [4:0]  vector ;
  begin
    conv_u2u_5_6 = {1'b0, vector};
  end
  endfunction


  function  [5:0] conv_u2u_4_6 ;
    input [3:0]  vector ;
  begin
    conv_u2u_4_6 = {{2{1'b0}}, vector};
  end
  endfunction

endmodule
module sharpen_detect (
  vin_rsc_z, vout_rsc_z, clk, en, arst_n
);
  input [89:0] vin_rsc_z;
  output [29:0] vout_rsc_z;
  input clk;
  input en;
  input arst_n;


  // Interconnect Declarations
  wire [89:0] vin_rsc_mgc_in_wire_d;
  wire [29:0] vout_rsc_mgc_out_stdreg_d;


  // Interconnect Declarations for Component Instantiations 
  mgc_in_wire #(.rscid(1),
  .width(90)) vin_rsc_mgc_in_wire (
      .d(vin_rsc_mgc_in_wire_d),
      .z(vin_rsc_z)
    );
  mgc_out_stdreg #(.rscid(2),
  .width(30)) vout_rsc_mgc_out_stdreg (
      .d(vout_rsc_mgc_out_stdreg_d),
      .z(vout_rsc_z)
    );
  sharpen_detect_core sharpen_detect_core_inst (
      .clk(clk),
      .en(en),
      .arst_n(arst_n),
      .vin_rsc_mgc_in_wire_d(vin_rsc_mgc_in_wire_d),
      .vout_rsc_mgc_out_stdreg_d(vout_rsc_mgc_out_stdreg_d)
    );
endmodule